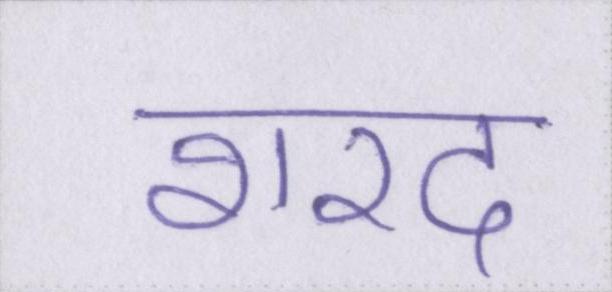
शरद